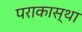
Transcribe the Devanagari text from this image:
पराकास्था